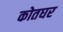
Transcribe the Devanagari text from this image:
कोतघर